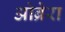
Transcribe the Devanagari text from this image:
ओब्रेरा